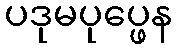
ပဒုမပုပ္ဖေန